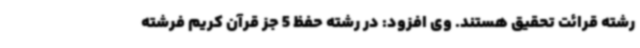
رشته قرائت تحقیق هستند. وی افزود: در رشته حفظ 5 جز قرآن کریم فرشته